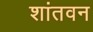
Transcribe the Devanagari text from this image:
शांतवन